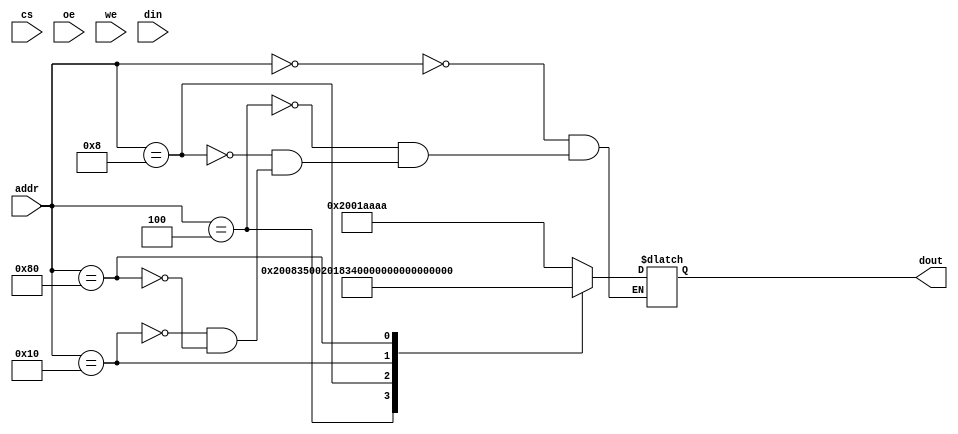
module sram(cs, oe, we, addr, din, dout);
   parameter mem_file = "../data/unsigned_sum.dat";
   input cs;
   input oe;
   input we;
   input [31:0] addr;
   input [31:0] din;
   output reg [0:31] dout;

   always @ (addr) begin
      case (addr)
	32'h00: begin
	   // addi r1 <= r0 + 0cAAAA
	   // 0x2001AAAA
	   dout[0:31] = 32'b001000_00000_00001_1010_1010_1010_1010;
	end
	32'h004: begin
	   // mov I -> FP (r1 ->r1fp)
	   dout[0:31] = 32'b000000_00001_00000_00001_00000_11_0101;
	end
	32'h008: begin
	    // mov FP -> I (r1fp ->r1fp3)
	   dout[0:31] = 32'b000000_00001_00000_00011_00000_11_0100;
	end
	/*
	32'h0010: begin
	   // bnez r2, -16 (first instr)
	   dout[0:31] = 32'b000101_00010_00000_1111_1111_1111_0000;
	end
	*/
	32'h0010: begin
	   // jal 100
	   dout[0:31] = 32'b000011_00000_00000_0000_0000_1000_0000;
	end
	32'h00000080: begin
	   dout[0:31] = 32'hF0F077F0;
	end
	
      endcase
   end // always @ (addr)
endmodule // sram